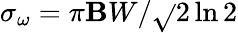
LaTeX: \sigma_{\omega}=\pi\mathbf{B}W/\sqrt{}{{2\ln2}}